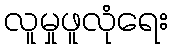
လူမှုဖူလုံရေး